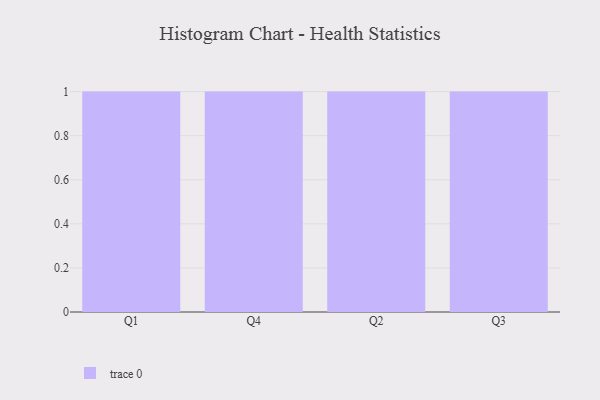
{"axis": {"x": "Quarter", "y": "Inventory Turnover"}, "legend": [""], "data": [{"x": "Q1", "y": 5, "type": ""}, {"x": "Q4", "y": 83, "type": ""}, {"x": "Q2", "y": 43, "type": ""}, {"x": "Q3", "y": 46, "type": ""}]}